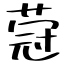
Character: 蒄